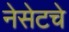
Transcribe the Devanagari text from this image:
नेसेटचे